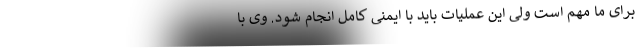
برای ما مهم است ولی این عملیات باید با ایمنی کامل انجام شود. وی با